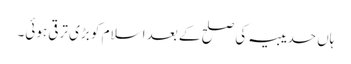
ہاں حدیبیہ کی صلح کے بعد اسلام کو بڑی ترقی ہوئی۔